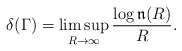
\begin{align*}\delta(\Gamma)=\limsup\limits_{R\to\infty}\frac{\log\mathfrak{n}(R)}{R}.\end{align*}